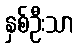
နှစ်ဦးသာ